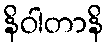
နိဝါတာနိ